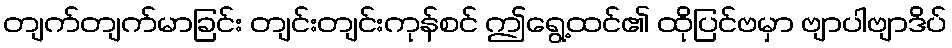
တျက်တျက်မာခြင်း တျင်းတျင်းကုန်စင် ဤရွေ့ထင်၏ ထိုပြင်ဗမှာ ဗျာပါဗျာဒိပ်